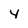
Character: 4